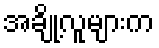
အချို့လူများက